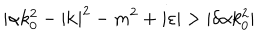
| \alpha k _ { 0 } ^ { 2 } - | \mathbf { k } | ^ { 2 } - m ^ { 2 } + i \varepsilon | > | \delta \alpha k _ { 0 } ^ { 2 } |